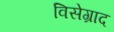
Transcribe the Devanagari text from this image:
विसेग्राद